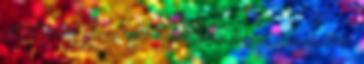
idézet, vagy pont egy olyan zene megy a rádióban